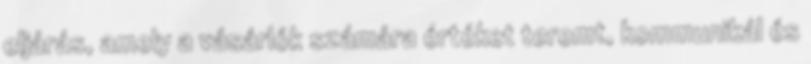
eljárás, amely a vásárlók számára értéket teremt, kommunikál és